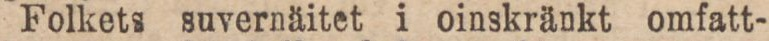
Folkets suvernäitet i oinskränkt omfatt-